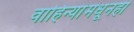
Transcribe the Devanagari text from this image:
वाहिन्यांमधूनही